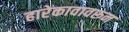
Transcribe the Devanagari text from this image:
हारेकावावरून